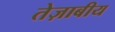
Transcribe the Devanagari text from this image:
तेज़ाबीय